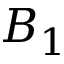
B _ { 1 }